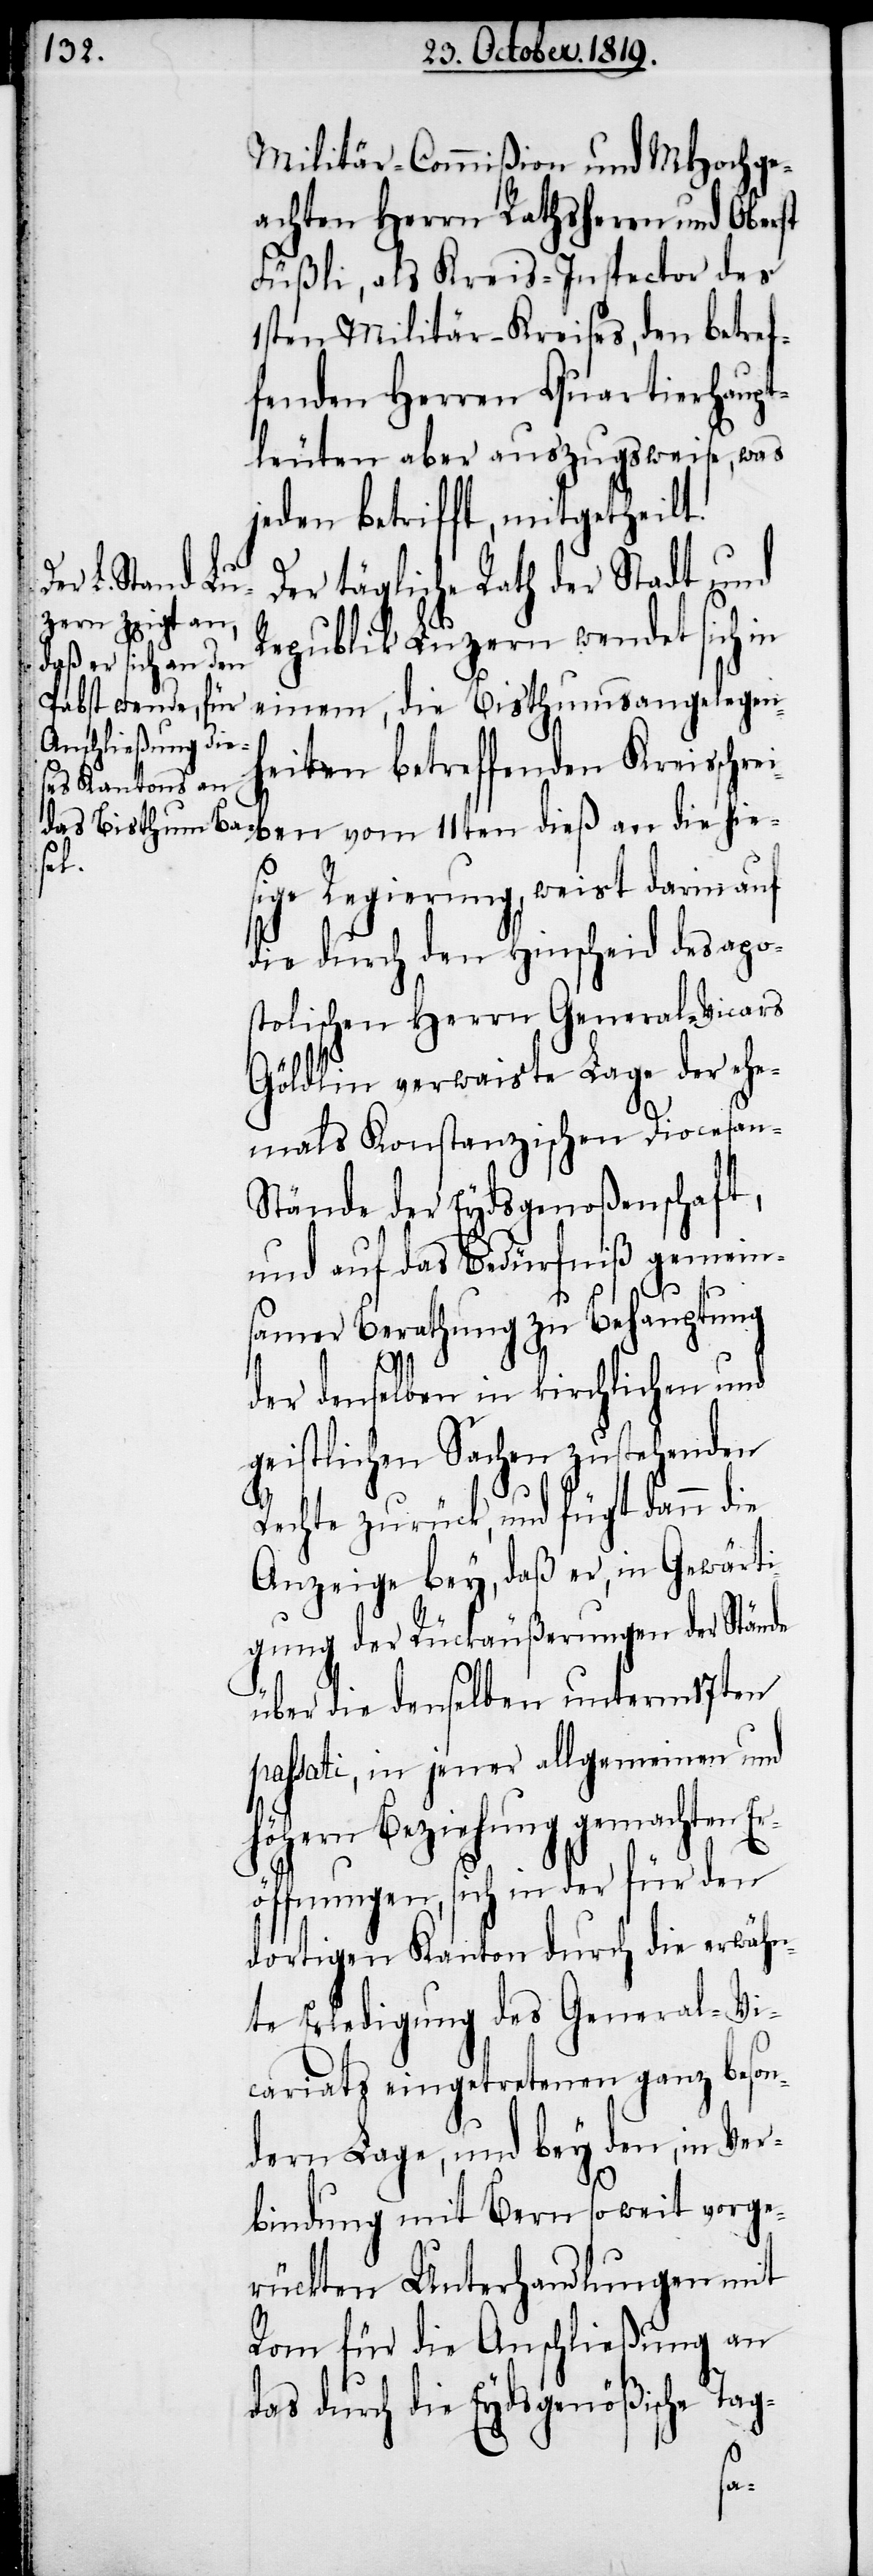
Militär-Commißion und MHochge¬
achten Herren Rathsherrn und Oberst
Füßli, als Kreis-Inspector des
1sten Militär-Kreises, den betref¬
fenden Herren Quartierhaupt¬
leuten aber auszugsweise, was
jeden betrifft, mitgetheilt.
Der tägliche Rath der Stadt und
Republik Luzern wendet sich in
einem, die Bisthumsangelegenh¬
eiten betreffenden Kreisschrei¬
ben vom 11ten dieß an die hie¬
sige Regierung, weist darin auf
die durch den Hinscheid des apo¬
stolischen Herrn General-Vicars
Göldlin verwaiste Lage der ehe¬
mals Konstanzischen Diocesan-S¬
tände der Eydsgenoßenschaft,
und auf das Bedürfniß gemein¬
samer Berathung zu Behauptung
der denselben in kirchlichen und
geistlichen Sachen zustehenden
Rechte zurück, und fügt dann die
Anzeige bey, daß er, in Gewärti¬
gung der Rückäußerungen der Stände
über die denselben unterm 17ten
passati, in jener allgemeinen und
höhern Beziehung gemachten E¬
röffnungen, sich in der für den
dortigen Kanton durch die erwähn¬
te Erledigung des General-Vi¬
cariats eingetretenen ganz beson¬
dern Lage, und bey den, in Ver¬
bindung mit Bern soweit vorge¬
rückten Unterhandlungen mit
Rom für die Anschließung an
das durch die Eydsgenößische Tag-